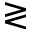
\gtrless